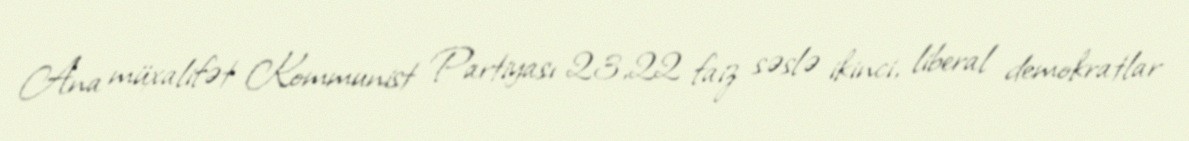
Ana müxalifət Kommunist Partiyası 23,22 faiz səslə ikinci, liberal demokratlar